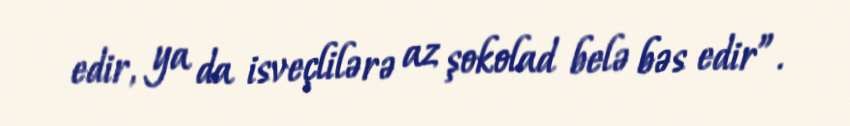
edir, ya da isveçlilərə az şokolad belə bəs edir”.